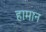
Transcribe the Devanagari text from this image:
हामान